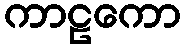
ကာဠကော